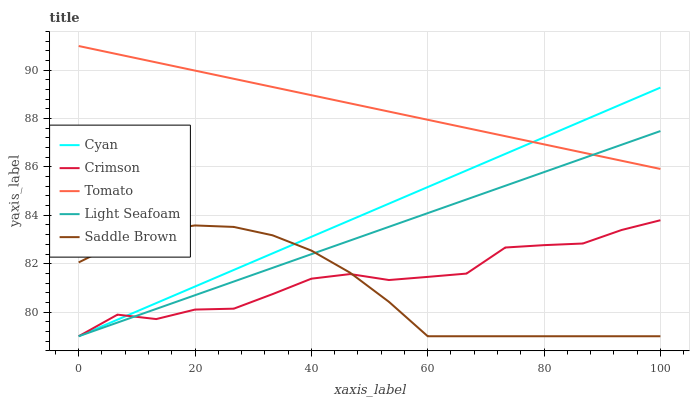
| xaxis_label | Cyan | Crimson | Tomato | Light Seafoam | Saddle Brown |
 | --- | --- | --- | --- | --- | --- |
 | 0 | 79 | 79 | 91 | 79 | 82.1 |
 | 6.67 | 79.7 | 79.9 | 90.7 | 79.6 | 82.8 |
 | 13.3 | 80.4 | 79.7 | 90.3 | 80.1 | 83.4 |
 | 20 | 81.1 | 80.1 | 90 | 80.7 | 83.6 |
 | 26.7 | 81.7 | 80.1 | 89.6 | 81.3 | 83.5 |
 | 33.3 | 82.4 | 80.7 | 89.3 | 81.8 | 83.2 |
 | 40 | 83.1 | 81.4 | 89 | 82.4 | 82.5 |
 | 46.7 | 83.8 | 81.6 | 88.6 | 83 | 81.6 |
 | 53.3 | 84.5 | 81.3 | 88.3 | 83.5 | 80.4 |
 | 60 | 85.2 | 81.5 | 88 | 84.1 | 79 |
 | 66.7 | 85.9 | 81.6 | 87.6 | 84.7 | 79 |
 | 73.3 | 86.5 | 82.7 | 87.3 | 85.2 | 79 |
 | 80 | 87.2 | 82.8 | 86.9 | 85.8 | 79 |
 | 86.7 | 87.9 | 82.8 | 86.6 | 86.4 | 79 |
 | 93.3 | 88.6 | 83.4 | 86.3 | 86.9 | 79 |
 | 100 | 89.3 | 83.8 | 85.9 | 87.5 | 79 |